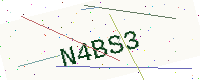
Text: N4BS3